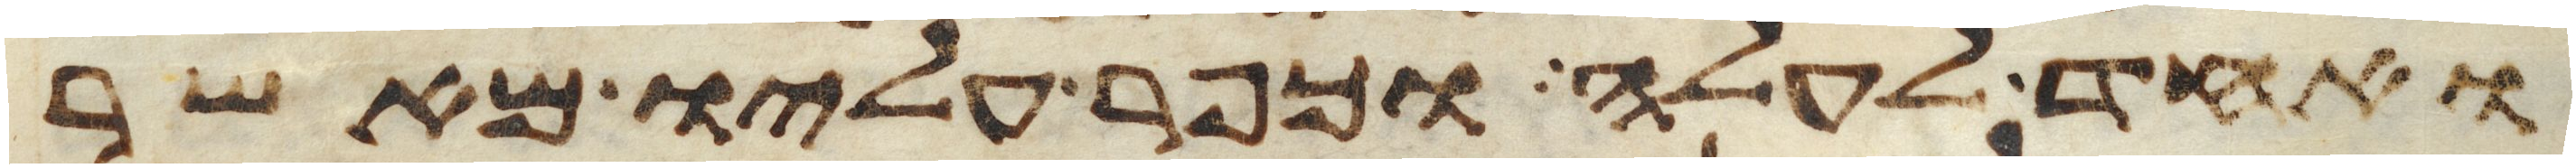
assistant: ואחד לעלה וכפר עליו מאשר